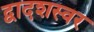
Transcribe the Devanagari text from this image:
द्वादशस्वर